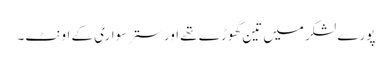
پورے لشکر میں تین گھوڑے تھے اور ستر سواری کے اونٹ۔